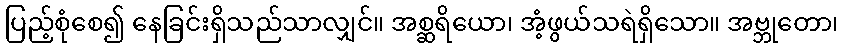
ပြည့်စုံစေ၍ နေခြင်းရှိသည်သာလျှင်။ အစ္ဆရိယော၊ အံ့ဖွယ်သရဲရှိသော။ အဗ္ဘုတော၊